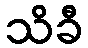
သိခီ